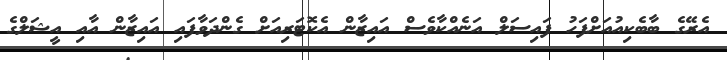
އެރޭގެ ބާބެކިއުއަށްފަހު ފައިސަލް އަނެއްކާވެސް އައިޒާން އެކޮޓަރިއަށް ގެންދަވާފައި އައިޒާން އާއި އީޝަލްގެ